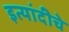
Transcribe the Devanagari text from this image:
इत्यांदीचे